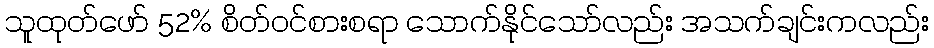
သူထုတ်ဖော် 52% စိတ်ဝင်စားစရာ သောက်နိုင်သော်လည်း အသက်ချင်းကလည်း